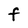
Character: F